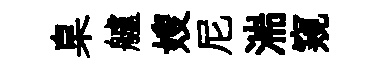
臬艫嫂尼湍窺